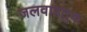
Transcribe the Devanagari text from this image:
जलवाहतुक